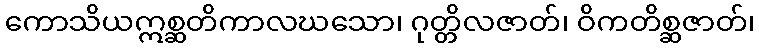
ကောသိယဣစ္ဆတိကာလဃသော၊ ဂုတ္တိလဇာတ်၊ ဝိကတိစ္ဆဇာတ်၊